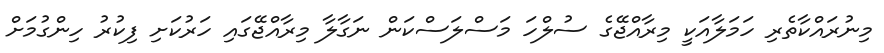
މިނުރައްކާތެރި ހަމަލާއަކީ މިރާއްޖޭގެ ސުލްހަ މަސްލަސްކަން ނަގާލާ މިރާއްޖޭގައި ހަރުކަށި ފިކުރު ހިންގުމަށް